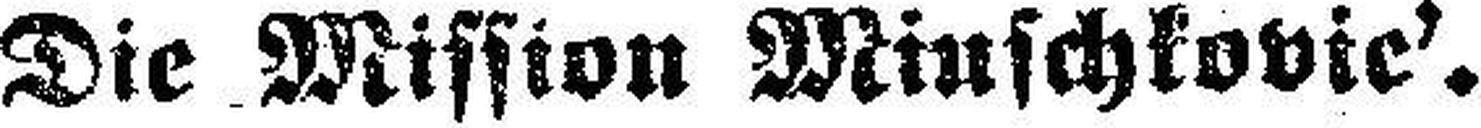
Die Mission Miuschkovic’.